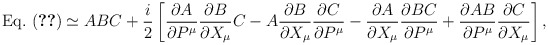
\begin{align*}\mbox{Eq.~(\ref{hinagata})} \simeq A B C + \frac{i}{2} \left[ \frac{\partial A}{\partial P^\mu} \frac{\partial B}{\partial X_\mu} C - A \frac{\partial B}{\partial X_\mu} \frac{\partial C}{\partial P^\mu} - \frac{\partial A}{\partial X_\mu} \frac{\partial B C}{\partial P^\mu} + \frac{\partial A B}{\partial P^\mu} \frac{\partial C}{\partial X_\mu} \right] , \end{align*}